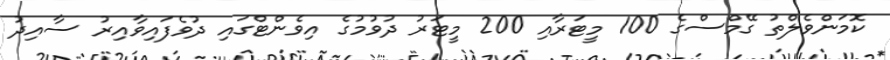
ކޮމަންވެލްތު ގޭމްސްގެ 100 މީޓަރާއި 200 މީޓަރު ދުވުމުގެ އިވެންޓްގައި ދުވެފައިވާއިރު ސާއިދު